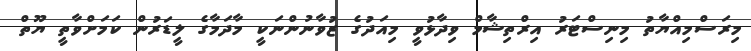
މިރަސްމިއްޔާތު މިނިސްޓަރު އިރްތިޝާމް ވިދާޅުވީ މިއަދުގެ ޒުވާނުންނަކީ މާދަމާގެ ލީޑަރުން ކަމަށްވާތީ ޔޫތް